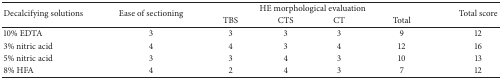
<table><thead><tr><td rowspan="2"><b>Decalcifying solutions</b></td><td rowspan="2"><b>Ease of sectioning</b></td><td colspan="4"><b> HE morphological evaluation</b></td><td rowspan="2"><b>Total score</b></td></tr><tr><td><b>TBS</b></td><td><b>CTS</b></td><td><b>CT</b></td><td><b>Total</b></td></tr></thead><tbody><tr><td>10% EDTA</td><td>3</td><td>3</td><td>3</td><td>3</td><td>9</td><td>12</td></tr><tr><td>3% nitric acid</td><td>4</td><td>4</td><td>3</td><td>4</td><td>12</td><td>16</td></tr><tr><td>5% nitric acid</td><td>3</td><td>3</td><td>4</td><td>3</td><td>10</td><td>13</td></tr><tr><td>8% HFA</td><td>4</td><td>2</td><td>4</td><td>3</td><td>7</td><td>12</td></tr></tbody></table>